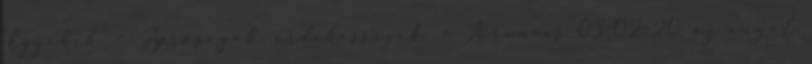
'Egyebek' - 'Apróságok, érdekességek' » Airwaves 03-02-20: az angol